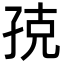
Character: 𭓃